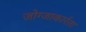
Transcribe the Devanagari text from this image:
जोग्जाकार्रता